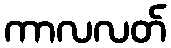
ကာလလတ်